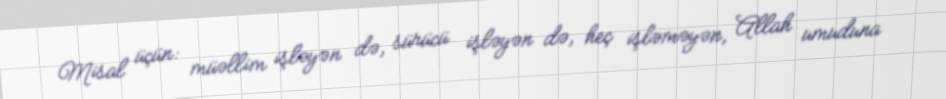
Misal üçün: müəllim işləyən də, sürücü işləyən də, heç işləməyən, Allah umuduna